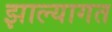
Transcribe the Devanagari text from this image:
झाल्यागत